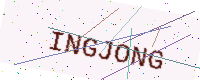
Text: INGJONG